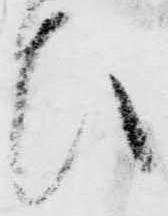
ひ